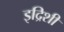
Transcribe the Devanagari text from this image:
इद्रिशी